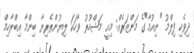
ދިވެހި ފިލްމު "ނިއުމާ"ގެ މަންޒަރެއް: މިއީ މަޝްހޫރު ވާހަކަ ލިޔުންތެރިޔާ ބިންމާ އިބްރާހިމް